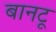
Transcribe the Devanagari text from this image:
बानटू